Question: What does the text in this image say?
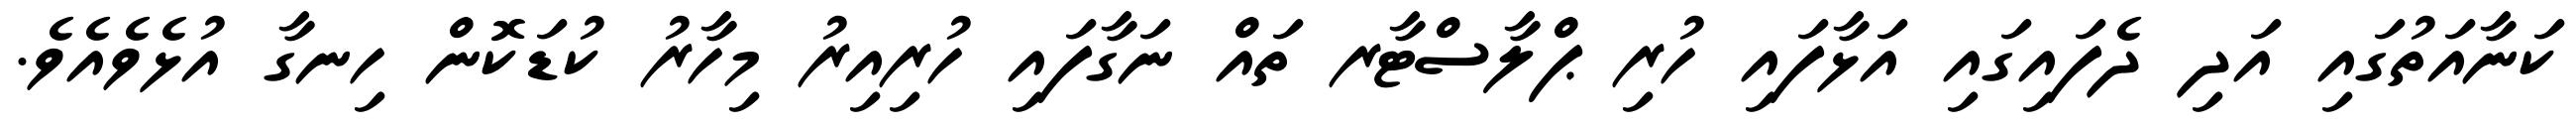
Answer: ކަނާއަތުގައި އަދި ދެފައިގައި އަޅާފައި ހުރި ޕްލާސްޓާރ ތައް ނަގާފައި ހުރިއިރު މިހާރު ކުޑަކޮން ހިނގާ އުޅެވެއެވެ.